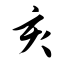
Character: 亥